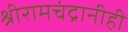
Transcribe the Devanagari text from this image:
श्रीरामचंद्रानीही